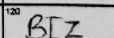
Transcription: BIZ